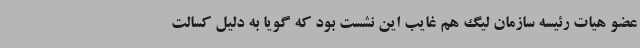
عضو هیات رئیسه سازمان لیگ هم غایب این نشست بود که گویا به دلیل کسالت